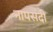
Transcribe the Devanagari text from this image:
नापसंदी